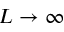
L \to \infty